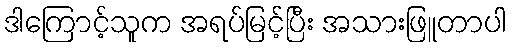
ဒါကြောင့်သူက အရပ်မြင့်ပြီး အသားဖြူတာပါ